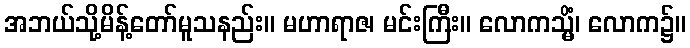
အဘယ်သို့မိန့်တော်မူသနည်း။ မဟာရာဇ၊ မင်းကြီး။ လောကသ္မိံ၊ လောက၌။